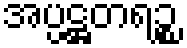
အပ္ပဋ္ဌတရဉ္စ